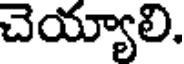
చెయ్యాలి.